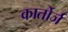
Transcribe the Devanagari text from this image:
कार्तोर्ज